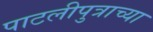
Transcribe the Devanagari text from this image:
पाटलीपुत्राच्या